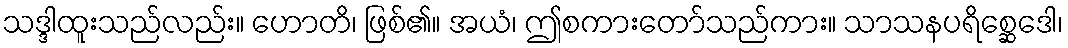
သဒ္ဒါထူးသည်လည်း။ ဟောတိ၊ ဖြစ်၏။ အယံ၊ ဤစကားတော်သည်ကား။ သာသနပရိစ္ဆေဒေါ၊